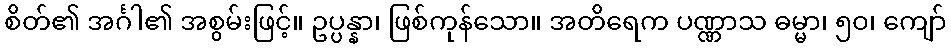
စိတ်၏ အင်္ဂါ၏ အစွမ်းဖြင့်။ ဥပ္ပန္နာ၊ ဖြစ်ကုန်သော။ အတိရေက ပဏ္ဏာသ ဓမ္မာ၊ ၅၀၊ ကျော်